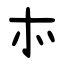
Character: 㝳